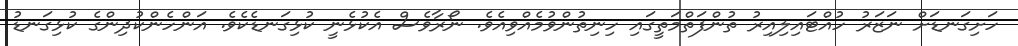
ހަށިގަނޑަށް ނަޒަރު ހުއްޓައިލިއިރު ތުންފަތްމަތީގައި ހިނިތުންވުމެއްވިއެވެ. ނޯރާވެސް އެކުޅެނީ ކުޅިގަނޑެކެވެ. އަންހެންކުދިންގެ ކުޅިގަނޑު